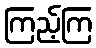
ကြည့်ကြ